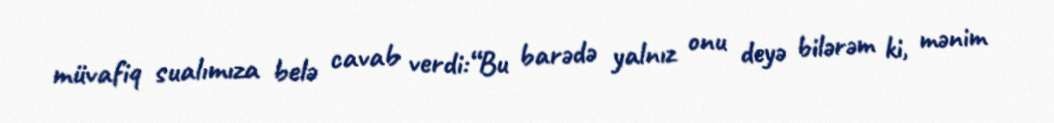
müvafiq sualımıza belə cavab verdi:“Bu barədə yalnız onu deyə bilərəm ki, mənim